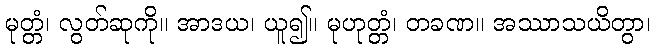
မုတ္တံ၊ လွတ်ဆုကို။ အာဒယ၊ ယူ၍။ မုဟုတ္တံ၊ တခဏ။ အဿာသယိတွာ၊